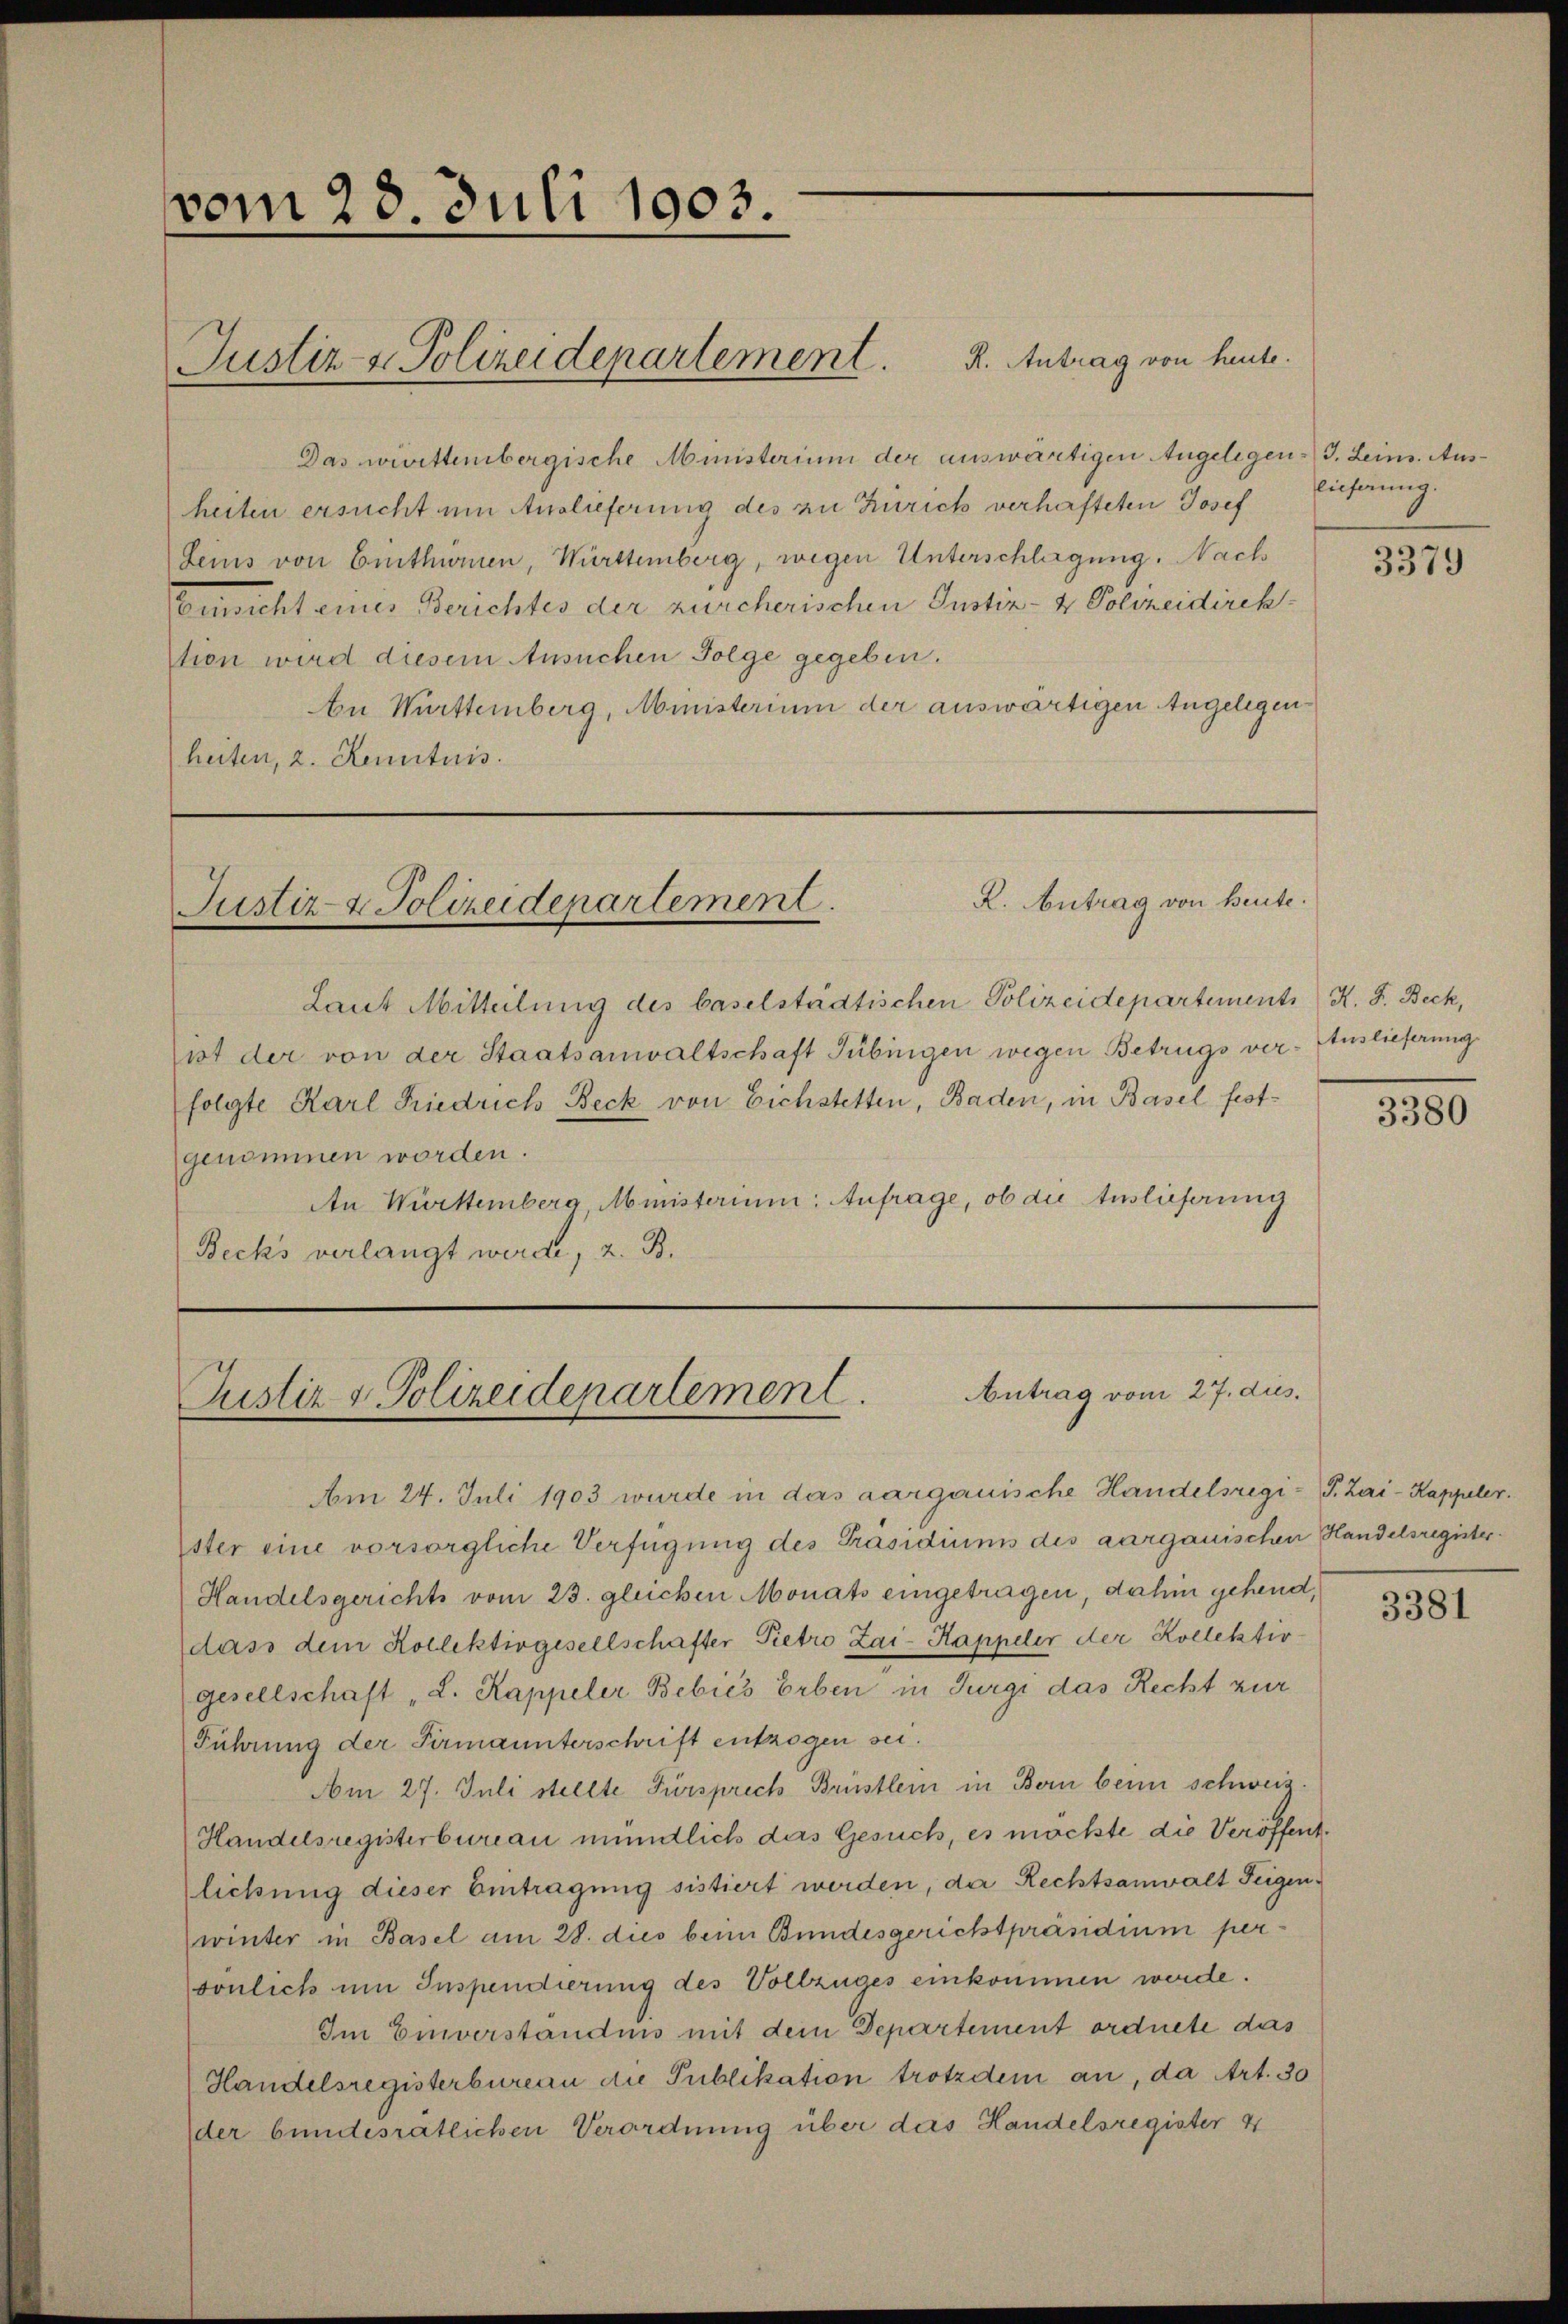
vom 28. Juli 1903.

Justiz- & Polizeidepartement. K. Antrag von heute.

Das wirittembergische Ministerium der auswärtigen Angelegen J. Leim. Ausheiten ersucht um Auslieferung des zu Zürich verhafteten Josef
Lems von Einthumen, Württemberg, wegen Unterschlagung. Nach
Einsicht eines Berichtes der zürcherischen Justiz- & Polizeidirektion wird diesem Ansuchen Folge gegeben.
n Württemberg, Ministerium der auswärtigen Angelegenheiten, z. Kenntnis.

R. Antrag von heute.
Justiz- & Polizeidepartement.

Laut Mitteilung des baselstädtischen Polizeidepartements K. F. Beck,
ist der von der Staatsanwaltschaft Tübingen wegen Betrugs ver- Auslieferung
folgte Karl Friedrich Beck von Eichstetten, Baden, in Basel festgenommen worden.
An Württemberg, Ministerium Anfrage, ob die Auslieferung
Becks verlangt werde, z. B.

Antrag vom 27. dus.
Justiz & Polizeidepartement

Am 24. Juli 1903 wurde in das aargauische Handelsregi-P. Zai-Kappeler.
Ester eine vorsorgliche Verfügung des Präsidiums des aargauischen Handelsregister¬
Handelsgerichts vom 23. gleichen Monats eingetragen, dahin gehend,
dass dem Kollektivgesellschafter Pietro Zai-Kappeler der Kollektiv-
gesellschaft „L. Kappeler Bebić's Erben in Turgi das Recht zur
Führung der Firmaunterschrift entzogen sei.
Am 27. Juli stellte Fürsprech Brüstlein in Bern beim schweiz.
Handelsregisterbureau mündlich das Gesuch, es möchte die Veröffentlichung dieser Eintragung sistiert werden, da Rechtsanwalt Feigenwinter in Basel am 28. dies beim Bundesgerichtpräsidium persönlich um Inspendierung des Vollzuges einkommen werde.
Im Einverständnis mit dem Departement ordnete das
Handelsregisterbureau die Publikation trotzdem an, da Art. 30
der bundesrätlichen Verordnung über das Handelsregister 4

lieferung.

3379

3380

3381